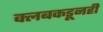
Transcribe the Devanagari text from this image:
क्लबकडूनही